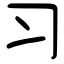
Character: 习